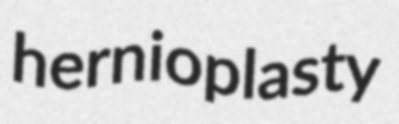
hernioplasty